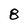
Character: 8